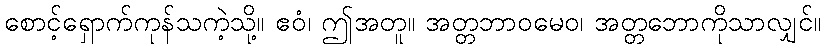
စောင့်ရှောက်ကုန်သကဲ့သို့။ ဧဝံ၊ ဤအတူ။ အတ္တဘာဝမေဝ၊ အတ္တဘောကိုသာလျှင်။